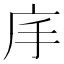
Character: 𭙕